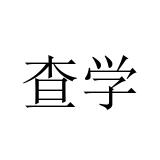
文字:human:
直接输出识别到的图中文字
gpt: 查学